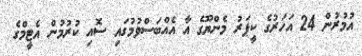
އުމުރުން 24 އަހަރުގެ ކީޕަރު މެންޔޫގެ އާ އެއްބަސްވުމުގައި ސޮއި ކުރުމުން އެޓީމްގެ